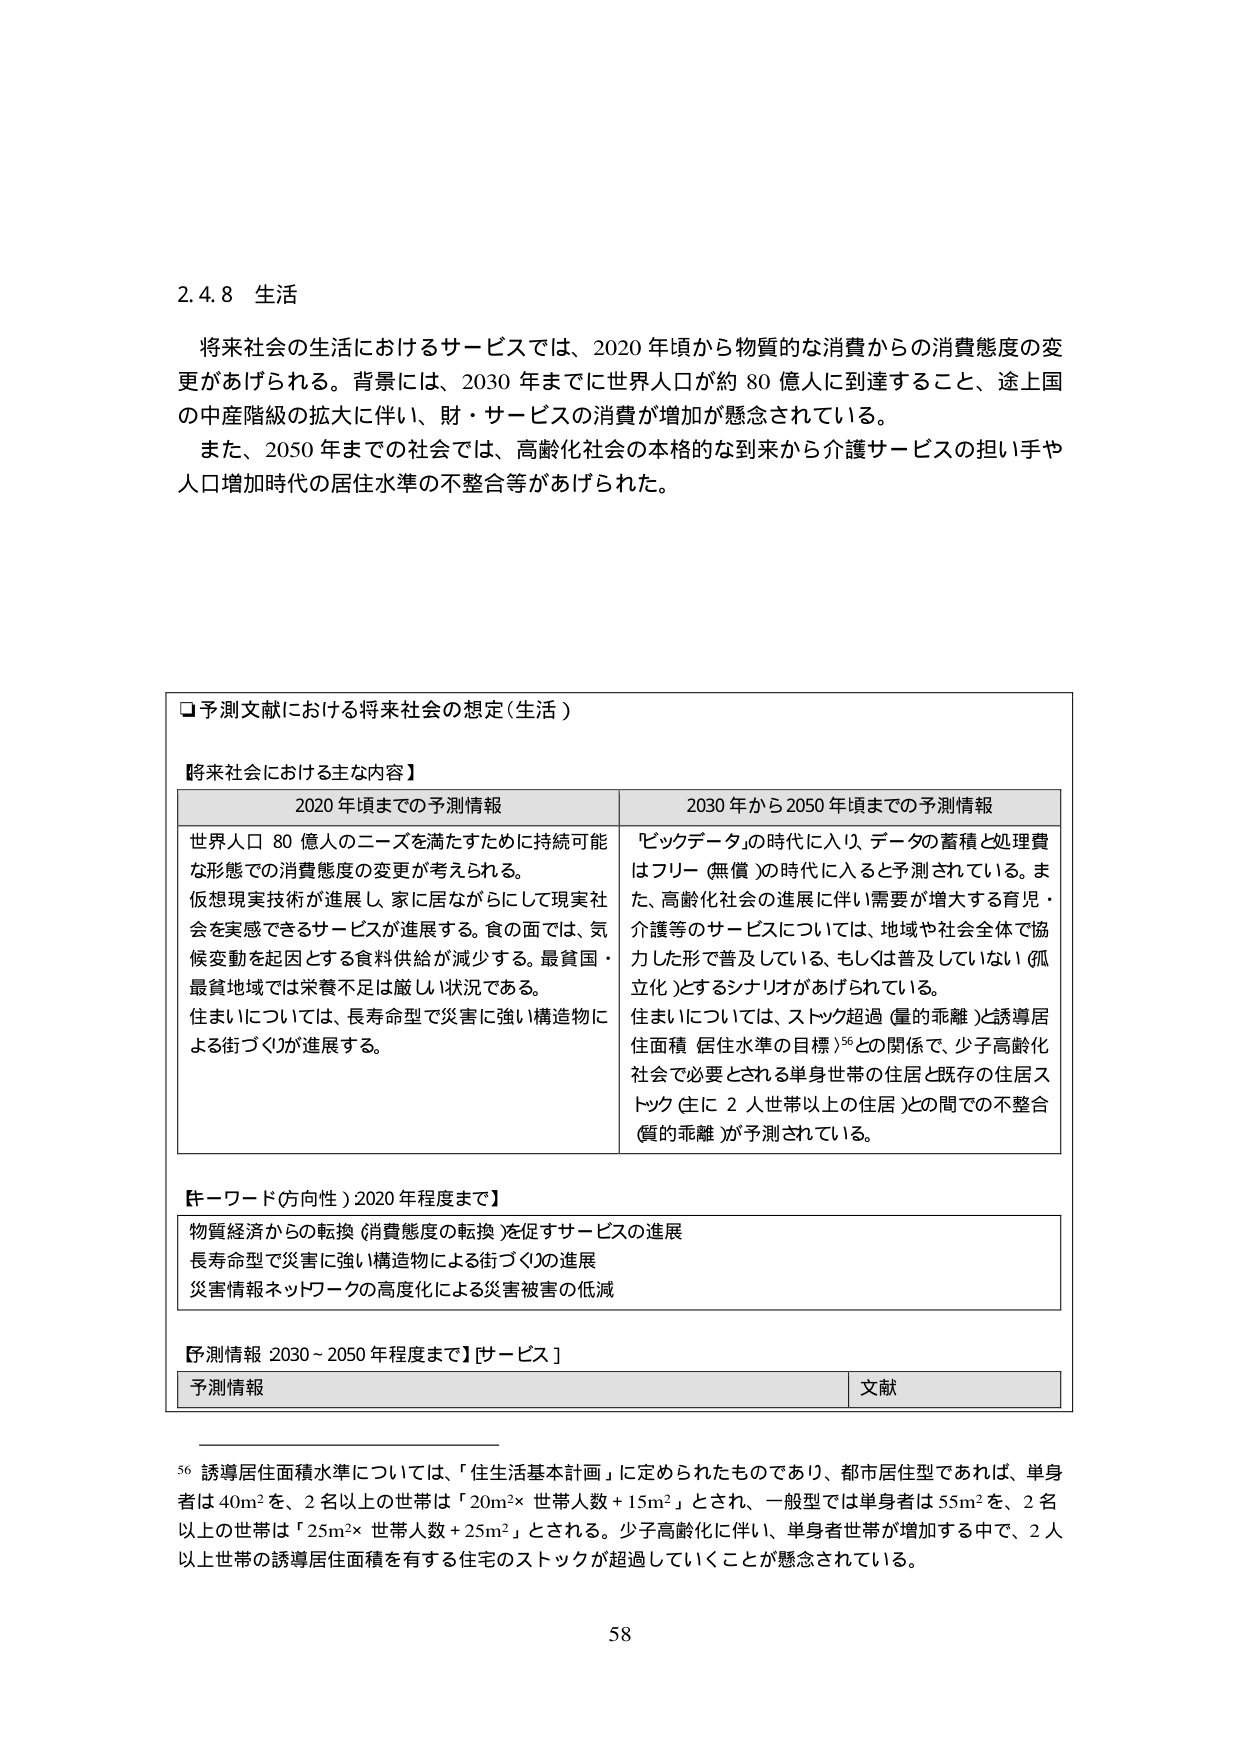
2.4.8 生活

将来社会の生活におけるサービスでは、2020年頃から物質的な消費からの消費態度の変更があげられる。背景には、2030年までに世界人口が約80億人に到達すること、途上国の中産階級の拡大に伴い、財・サービスの消費が増加が懸念されている。

また、2050年までの社会では、高齢化社会の本格的な到来から介護サービスの担い手や人口増加時代の居住水準の不整合等があげられた。

□予測文献における将来社会の想定（生活）

【将来社会における主な内容】

2020年頃までの予測情報
世界人口80億人のニーズを満たすために持続可能な形態での消費態度の変更が考えられる。
仮想現実技術が進展し、家に居ながらにして現実社会を実感できるサービスが進展する。食の面では、気候変動を起因とする食料供給が減少する。最貧国・最貧地域では栄養不足は厳しい状況である。
住まいについては、長寿命型で災害に強い構造物による街づくりが進展する。

2030年から2050年頃までの予測情報
ビッグデータの時代に入り、データの蓄積と処理費はフリー（無償）の時代に入ると予測されている。また、高齢化社会の進展に伴い需要が増大する育児・介護等のサービスについては、地域や社会全体で協力した形で普及している、もしくは普及していない（孤立化）とするシナリオがあげられている。
住まいについては、ストック超過（量的乖離）と誘導居住面積（居住水準の目標）56との関係で、少子高齢化社会で必要とされる単身世帯の住居と既存の住居ストック（主に2人世帯以上の住居）との間での不整合（質的乖離）が予測されている。

【キーワード（方向性）2020年程度まで】
物質経済からの転換（消費態度の転換）を促すサービスの進展
長寿命型で災害に強い構造物による街づくりの進展
災害情報ネットワークの高度化による災害被害の低減

【予測情報 2030～2050年程度まで】サービス

予測情報 文献

56 誘導居住面積水準については、「住生活基本計画」に定められたものであり、都市居住型であれば、単身者は40m²を、2名以上の世帯は「20m²×世帯人数＋15m²」とされ、一般型では単身者は55m²を、2名以上の世帯は「25m²×世帯人数＋25m²」とされる。少子高齢化に伴い、単身者世帯が増加する中で、2人以上世帯の誘導居住面積を有する住宅のストックが超過していくことが懸念されている。

58